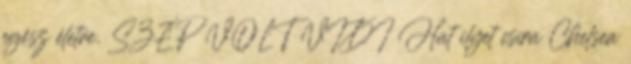
egész életre. SZÉP VOLT VIDI Hat ilyet csíra Chelsea